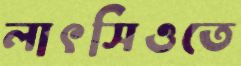
লাৎসিওতে